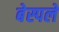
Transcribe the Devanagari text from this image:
बेस्पले